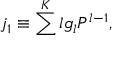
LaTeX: j _ { 1 } \equiv \sum ^ { K } l g _ { l } P ^ { l - 1 } ,